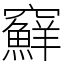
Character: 䇁